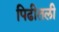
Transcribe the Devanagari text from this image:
पिढीतली